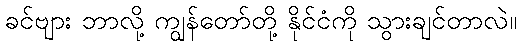
ခင်ဗျား ဘာလို့ ကျွန်တော်တို့ နိုင်ငံကို သွားချင်တာလဲ။